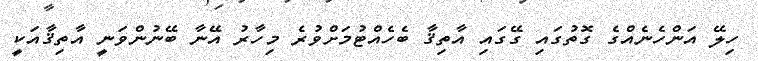
ހިލޭ އަންހެނެއްގެ ގޮތުގައި ގޭގައި އާތިޤާ ބެހެއްޓުމަށްވުރެ މިހާރު އޭނާ ބޭނުންވަނީ އާތިޤާއަކީ